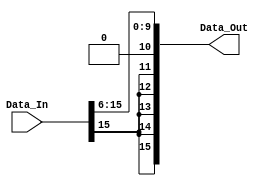
module rshift_6_16b_to_16b(
  Data_In,
  Data_Out
  );
  
  input  [15:0] Data_In;
  output [15:0] Data_Out;
  wire   [15:0] Data_In;
  wire   [15:0] Data_Out;
  
  assign Data_Out[15] = Data_In[15]; 
  assign Data_Out[14] = Data_In[15]; 
  assign Data_Out[13] = Data_In[15]; 
  assign Data_Out[12] = Data_In[15]; 
  assign Data_Out[11] = Data_In[15]; 
  assign Data_Out[10:0] = Data_In[15:6];

endmodule